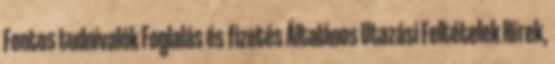
Fontos tudnivalók Foglalás és fizetés Általános Utazási Feltételek Hírek,